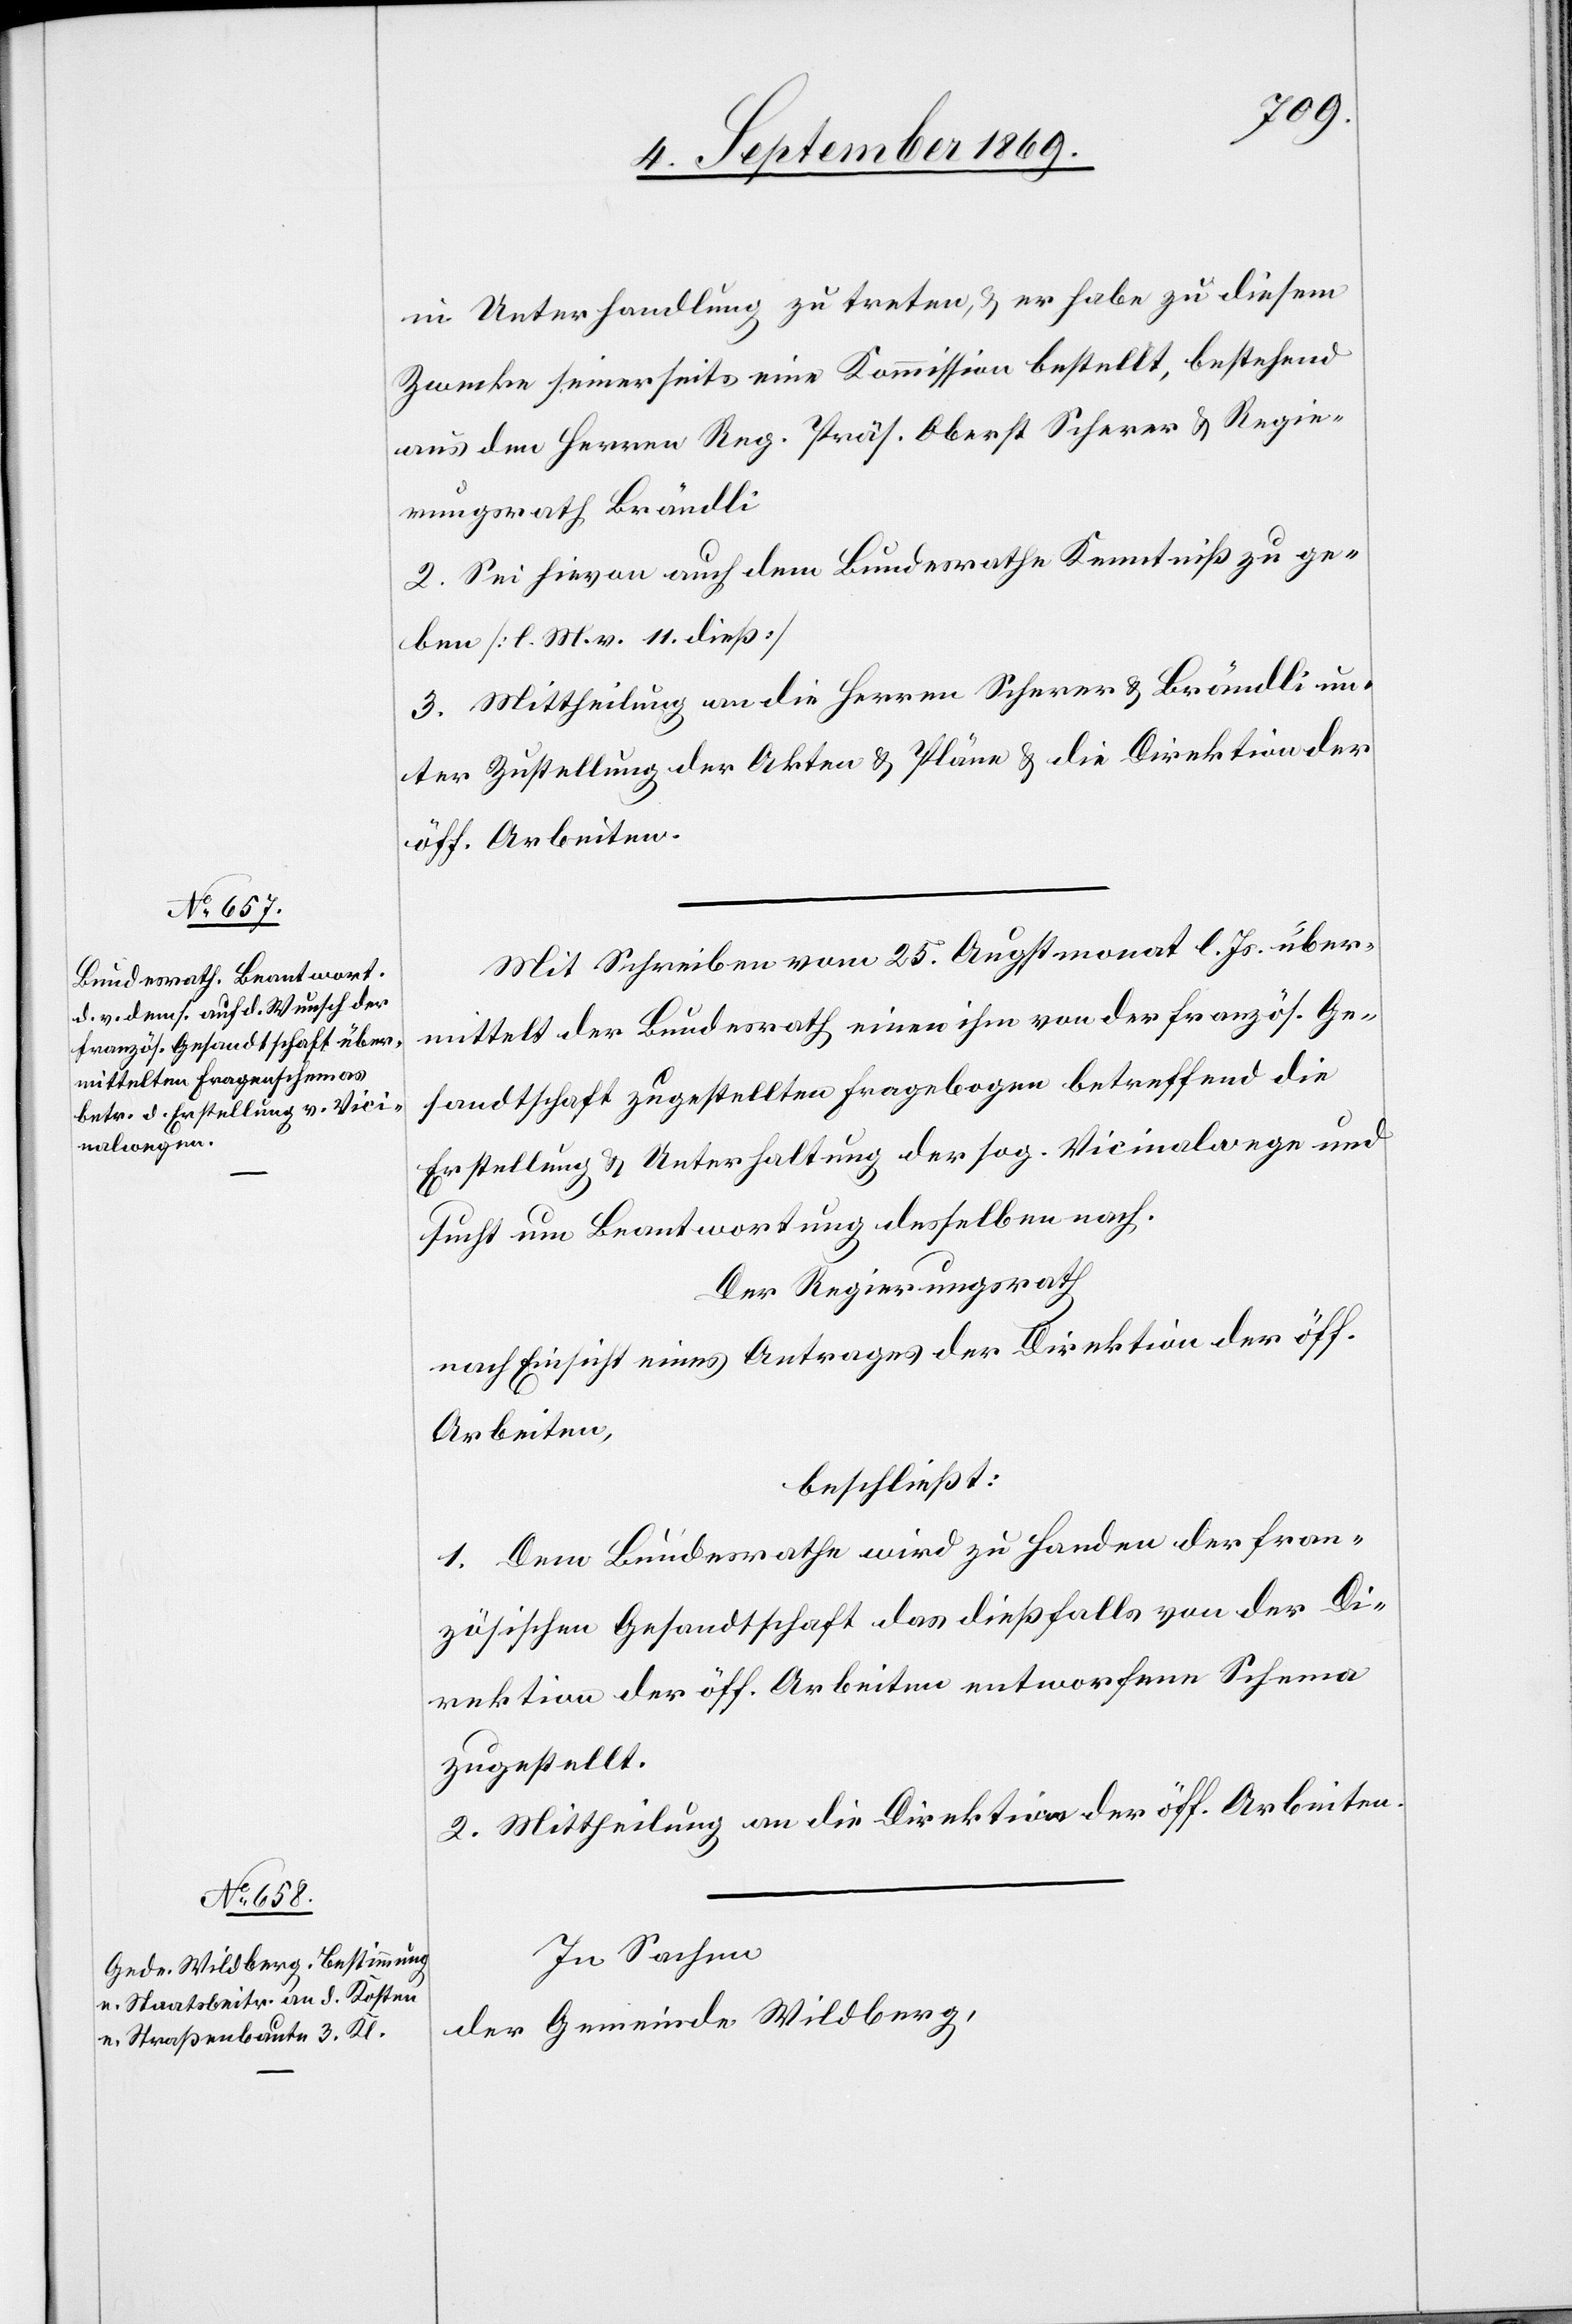
in Unterhandlung zu treten, & er habe zu diesem
Zwecke seinerseits eine Kommission bestellt, bestehend
aus den Herren Reg. Präs. Oberst Scherer & Regie¬
rungsrath Brändli[.]
2. Sei hievon auch dem Bundesrathe Kenntniß zu ge¬
ben [l. M. v. 11. dieß]
3. Mittheilung an die Herren Scherer & Brändli un¬
ter Zustellung der Akten & Pläne & die Direktion der
öff. Arbeiten.
Mit Schreiben vom 25. Augstmonat l. Js. über¬
mittelt der Bundesrath einen ihm von der französ. Ge¬
sandtschaft zugestellten Fragebogen betreffend die
Erstellung & Unterhaltung der sog. Vicinalwege und
sucht um Beantwortung desselben nach.
Der Regierungsrath
nach Einsicht eines Antrages der Direktion der öff.
Arbeiten,
beschließt:
1. Dem Bundesrathe wird zu Handen der fran¬
zösischen Gesandtschaft das dießfalls von der Di¬
rektion der öff. Arbeiten entworfene Schema
zugestellt.
2. Mittheilung an die Direktion der öff. Arbeiten.
In Sachen
der Gemeinde Wildberg,